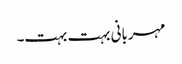
مہربانی بہت بہت۔